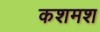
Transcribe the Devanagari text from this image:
कशमश